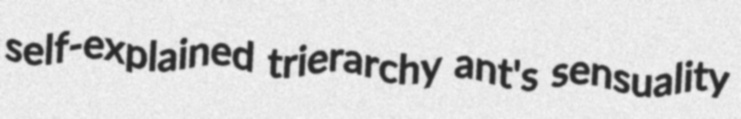
self-explained trierarchy ant's sensuality